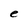
Character: e